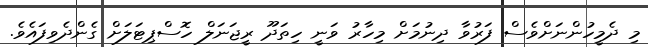
މި ދެމީހުންނަށްވެސް ފަރުވާ ދިނުމަށް މިހާރު ވަނީ ހިތަދޫ ރީޖަނަލް ހޮސްޕިޓަލަށް ގެންދެވިފައެވެ.